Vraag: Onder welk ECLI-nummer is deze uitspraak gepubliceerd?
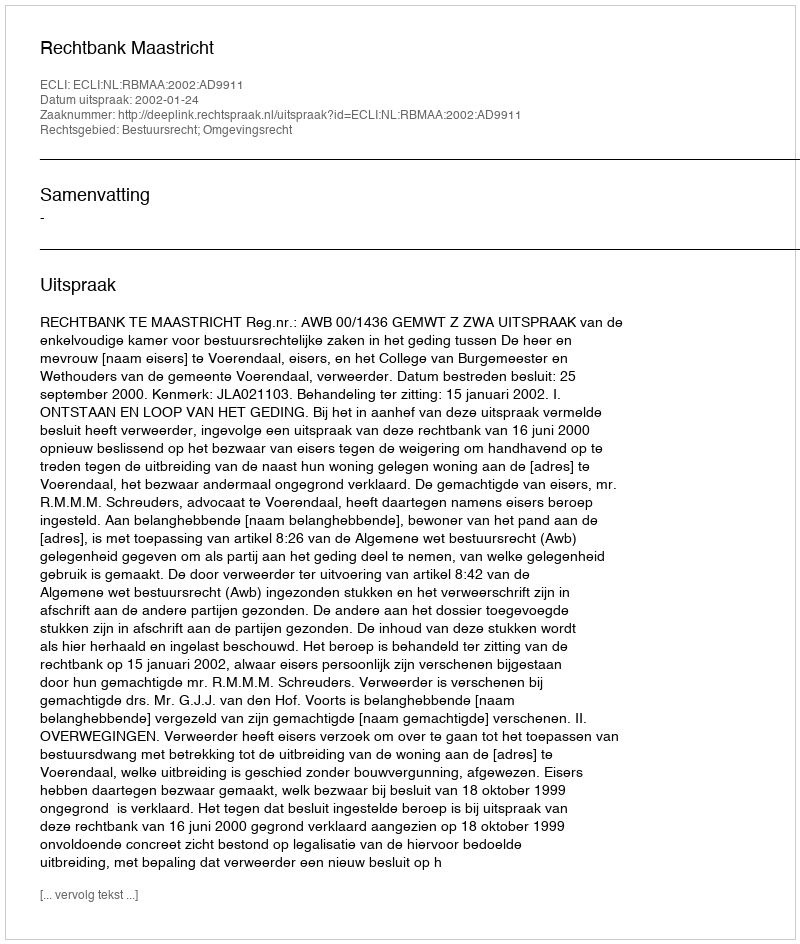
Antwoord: ECLI:NL:RBMAA:2002:AD9911